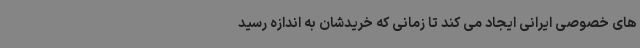
های خصوصی ایرانی ایجاد می کند تا زمانی که خریدشان به اندازه رسید